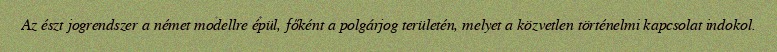
Az észt jogrendszer a német modellre épül, főként a polgárjog területén, melyet a közvetlen történelmi kapcsolat indokol.